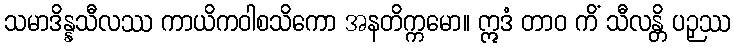
သမာဒိန္နသီလဿ ကာယိကဝါစသိကော အနတိက္ကမော။ ဣဒံ တာဝ ကိံ သီလန္တိ ပဉှဿ